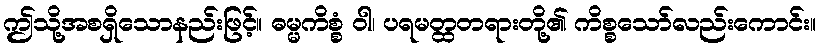
ဤသို့အစရှိသောနည်းဖြင့်။ ဓမ္မကိစ္စံ ဝါ၊ ပရမတ္ထတရားတို့၏ ကိစ္စသော်လည်းကောင်း။